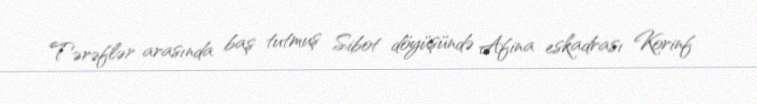
Tərəflər arasında baş tutmuş Sibot döyüşündə Afina eskadrası Korinf